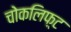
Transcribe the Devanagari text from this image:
चोकलिफ़्ट